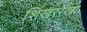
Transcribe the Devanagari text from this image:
शिखररेखा